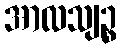
အာလသျဉ္စ